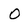
Character: O